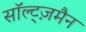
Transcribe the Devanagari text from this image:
सॉल्ट्ज़मैन